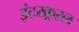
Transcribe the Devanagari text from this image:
इंटरक्रूरल